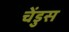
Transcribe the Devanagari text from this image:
चेंडुस